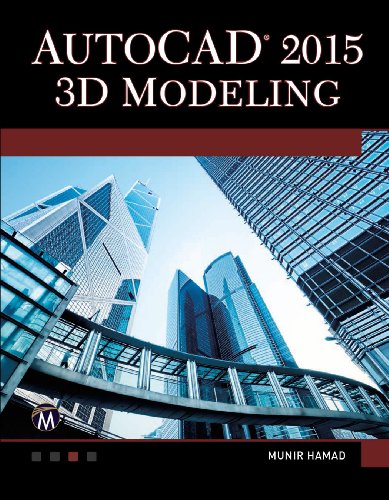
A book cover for AutoCAD 2015 3D Modeling; Munir Hamad; Computers & Technology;